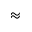
\approx